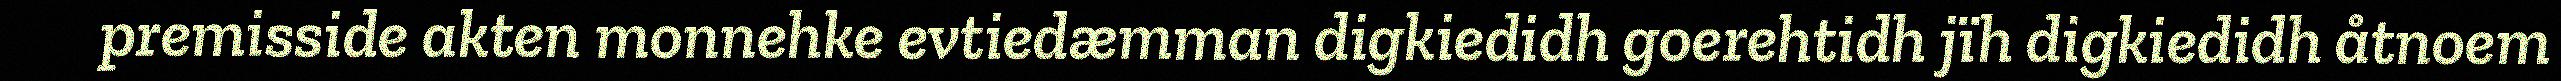
premisside akten monnehke evtiedæmman digkiedidh goerehtidh jïh digkiedidh åtnoem